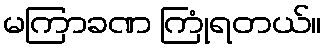
မကြာခဏ ကြုံရတယ်။